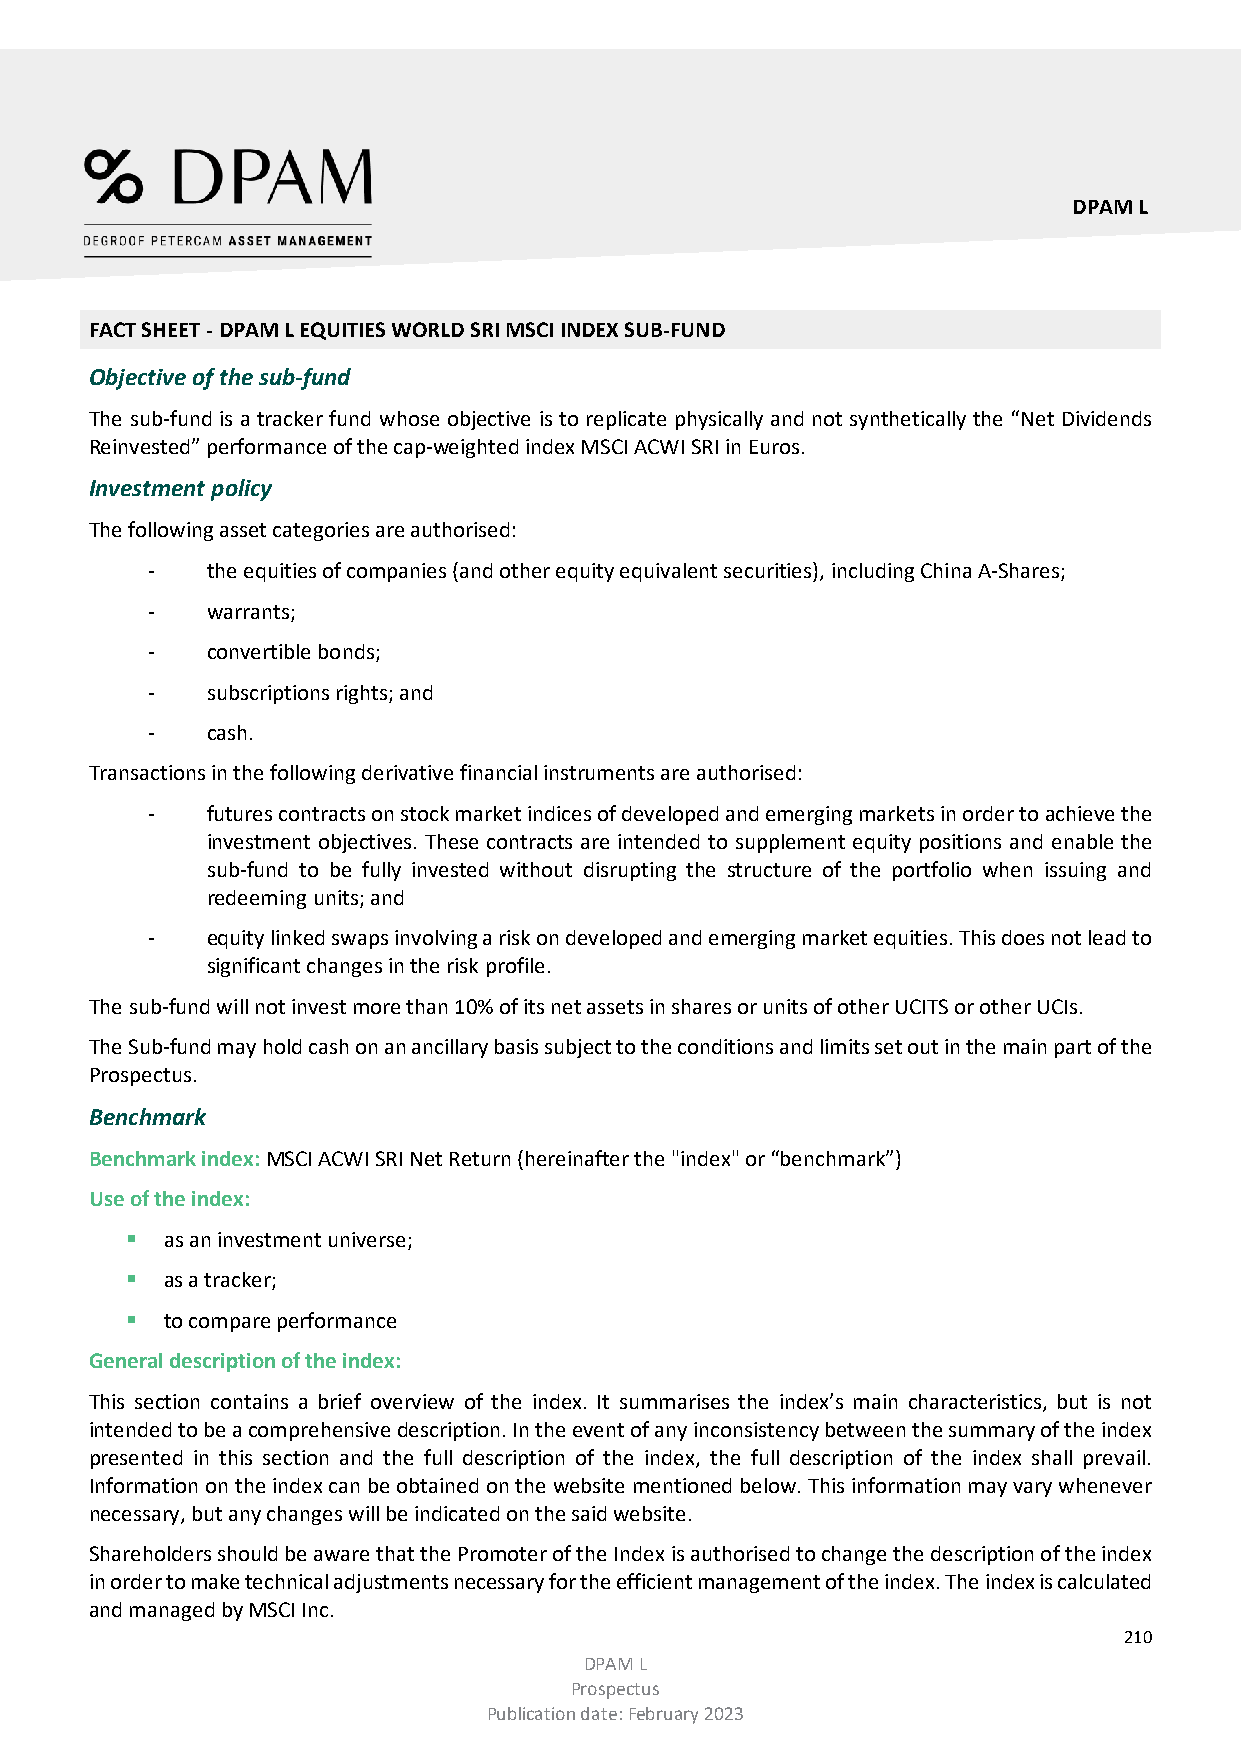
DPAM L
 FACT SHEET - DPAM L EQUITIES WORLD SRI MSCI INDEX SUB-FUND
 Objective of the sub-fund
 The sub-fund is a tracker fund whose objective is to replicate physically and not synthetically the “Net Dividends
 Reinvested” performance of the cap-weighted index MSCI ACWI SRI in Euros.
 Investment policy
 The following asset categories are authorised:
 -   the equities of companies (and other equity equivalent securities), including China A-Shares;
 -   warrants;
 -   convertible bonds;
 -   subscriptions rights; and
 -   cash.
 Transactions in the following derivative financial instruments are authorised:
 -   futures contracts on stock market indices of developed and emerging markets in order to achieve the
 investment objectives. These contracts are intended to supplement equity positions and enable the
 sub-fund to be fully invested without disrupting the structure of the portfolio when issuing and
 redeeming units; and
 -   equity linked swaps involving a risk on developed and emerging market equities. This does not lead to
 significant changes in the risk profile.
 The sub-fund will not invest more than 10% of its net assets in shares or units of other UCITS or other UCIs.
 The Sub-fund may hold cash on an ancillary basis subject to the conditions and limits set out in the main part of the
 Prospectus.
 Benchmark
 Benchmark index: MSCI ACWI SRI Net Return (hereinafter the "index" or “benchmark”)
 Use of the index:
   as an investment universe;
   as a tracker;
   to compare performance
 General description of the index:
 This section contains a brief overview of the index. It summarises the index’s main characteristics, but is not
 intended to be a comprehensive description. In the event of any inconsistency between the summary of the index
 presented in this section and the full description of the index, the full description of the index shall prevail.
 Information on the index can be obtained on the website mentioned below. This information may vary whenever
 necessary, but any changes will be indicated on the said website.
 Shareholders should be aware that the Promoter of the Index is authorised to change the description of the index
 in order to make technical adjustments necessary for the efficient management of the index. The index is calculated
 and managed by MSCI Inc.
 210
 DPAM L
 Prospectus
 Publication date: February 2023